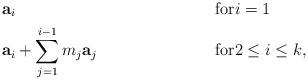
LaTeX: \begin{align*}& \mathbf{a}_i & \mbox{for} & i = 1 \\& \mathbf{a}_i + \sum_{j=1}^{i-1} m_j \mathbf{a}_j & \mbox{for} &2\leq i\leq k,\end{align*}